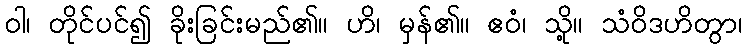
ဝါ၊ တိုင်ပင်၍ ခိုးခြင်းမည်၏။ ဟိ၊ မှန်၏။ ဧဝံ၊ သို့။ သံဝိဒဟိတွာ၊